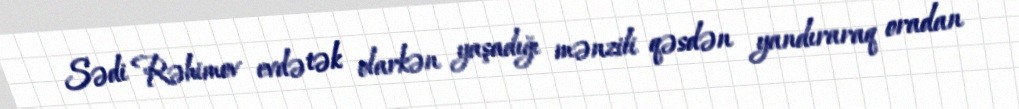
Sədi Rəhimov evdə tək olarkən yaşadığı mənzili qəsdən yandıraraq oradan